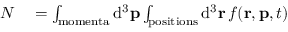
\begin{array} { r l } { N } & { { } = \int _ { \mathrm { m o m e n t a } } { \mathrm { d } } ^ { 3 } \mathbf { p } \int _ { \mathrm { p o s i t i o n s } } { \mathrm { d } } ^ { 3 } \mathbf { r } \, f ( \mathbf { r } , \mathbf { p } , t ) } \end{array}